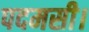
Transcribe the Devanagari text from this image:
पदमसी।